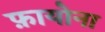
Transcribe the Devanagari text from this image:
फ़ायोना